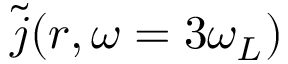
\tilde { \boldsymbol j } ( \boldsymbol r , \omega = 3 \omega _ { L } )